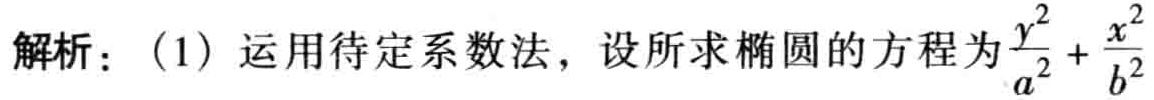
解析：(1) 运用待定系数法，设所求椭圆的方程为$\frac{y^{2}}{a^{2}}+\frac{x^{2}}{b^{2}}$